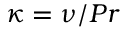
\kappa = \nu / P r